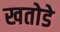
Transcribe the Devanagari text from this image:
खतोडे